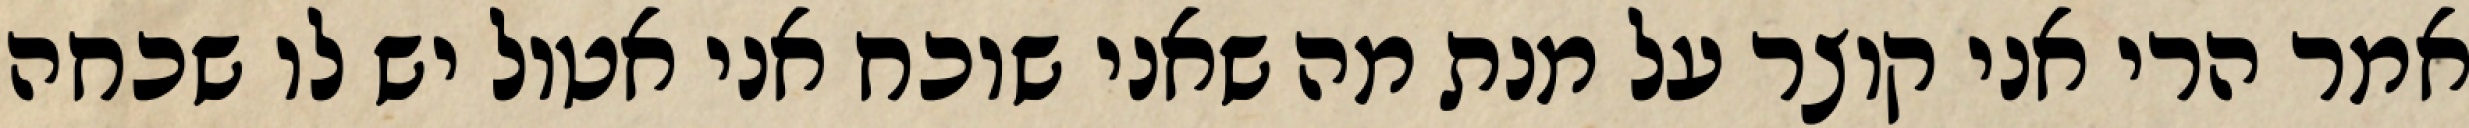
אמר הרי אני קוצר על מנת מה שאני שוכח אני אטול יש לו שכחה